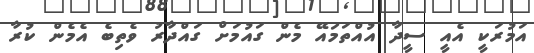
އަމުރަކީ އެއީ ސީދާ އުއްތަމައޭ މެން ގައުމަށް ގައްދާރު ވެތިބެ އެމެން ކުރާ